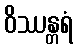
ဝိဿန္တရံ